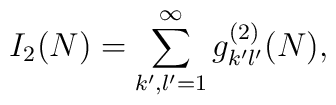
I_2(N)= \sum_{k',l'=1}^{\infty}g_{k'l'}^{(2)}(N),